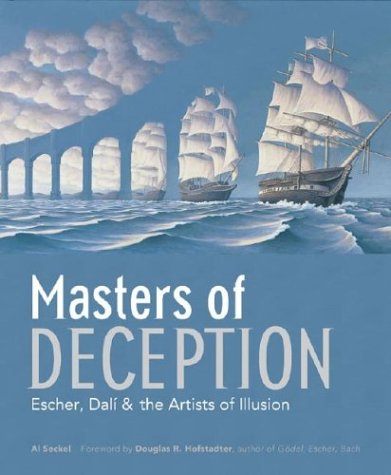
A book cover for Masters of Deception: Escher, Dali & the Artists of Optical Illusion; Al Seckel; Reference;